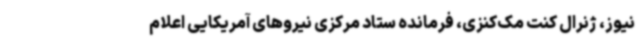
نیوز، ژنرال کنت مک‌کنزی، فرمانده ستاد مرکزی نیروهای آمریکایی اعلام